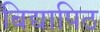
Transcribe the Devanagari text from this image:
बिद्यापिठ